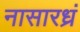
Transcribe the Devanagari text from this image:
नासारध्रं